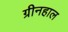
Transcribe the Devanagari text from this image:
ग्रीनहाल